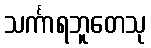
သင်္ကာရဘူတေသု